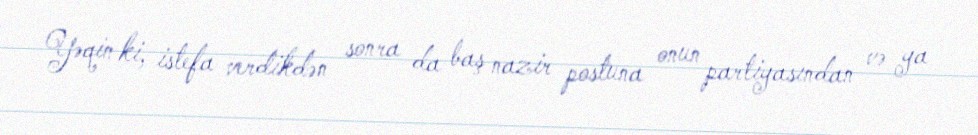
Yəqin ki, istefa verdikdən sonra da baş nazir postuna onun partiyasından və ya